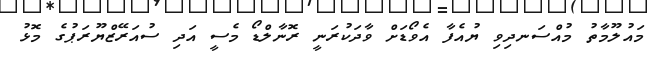
މައުލޫމާތު މުއްސަނދިވި ޔުއެފާ އެވޯޑަށް ވާދަކުރަނީ ރޮނާލްޑޯ މެސީ އަދި ސުއަރޭޒްޔޫރަޕުގެ މޮޅު